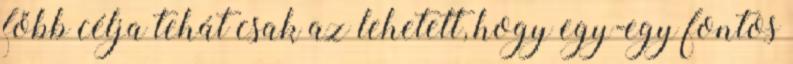
főbb célja tehát csak az lehetett, hogy egy-egy fontos